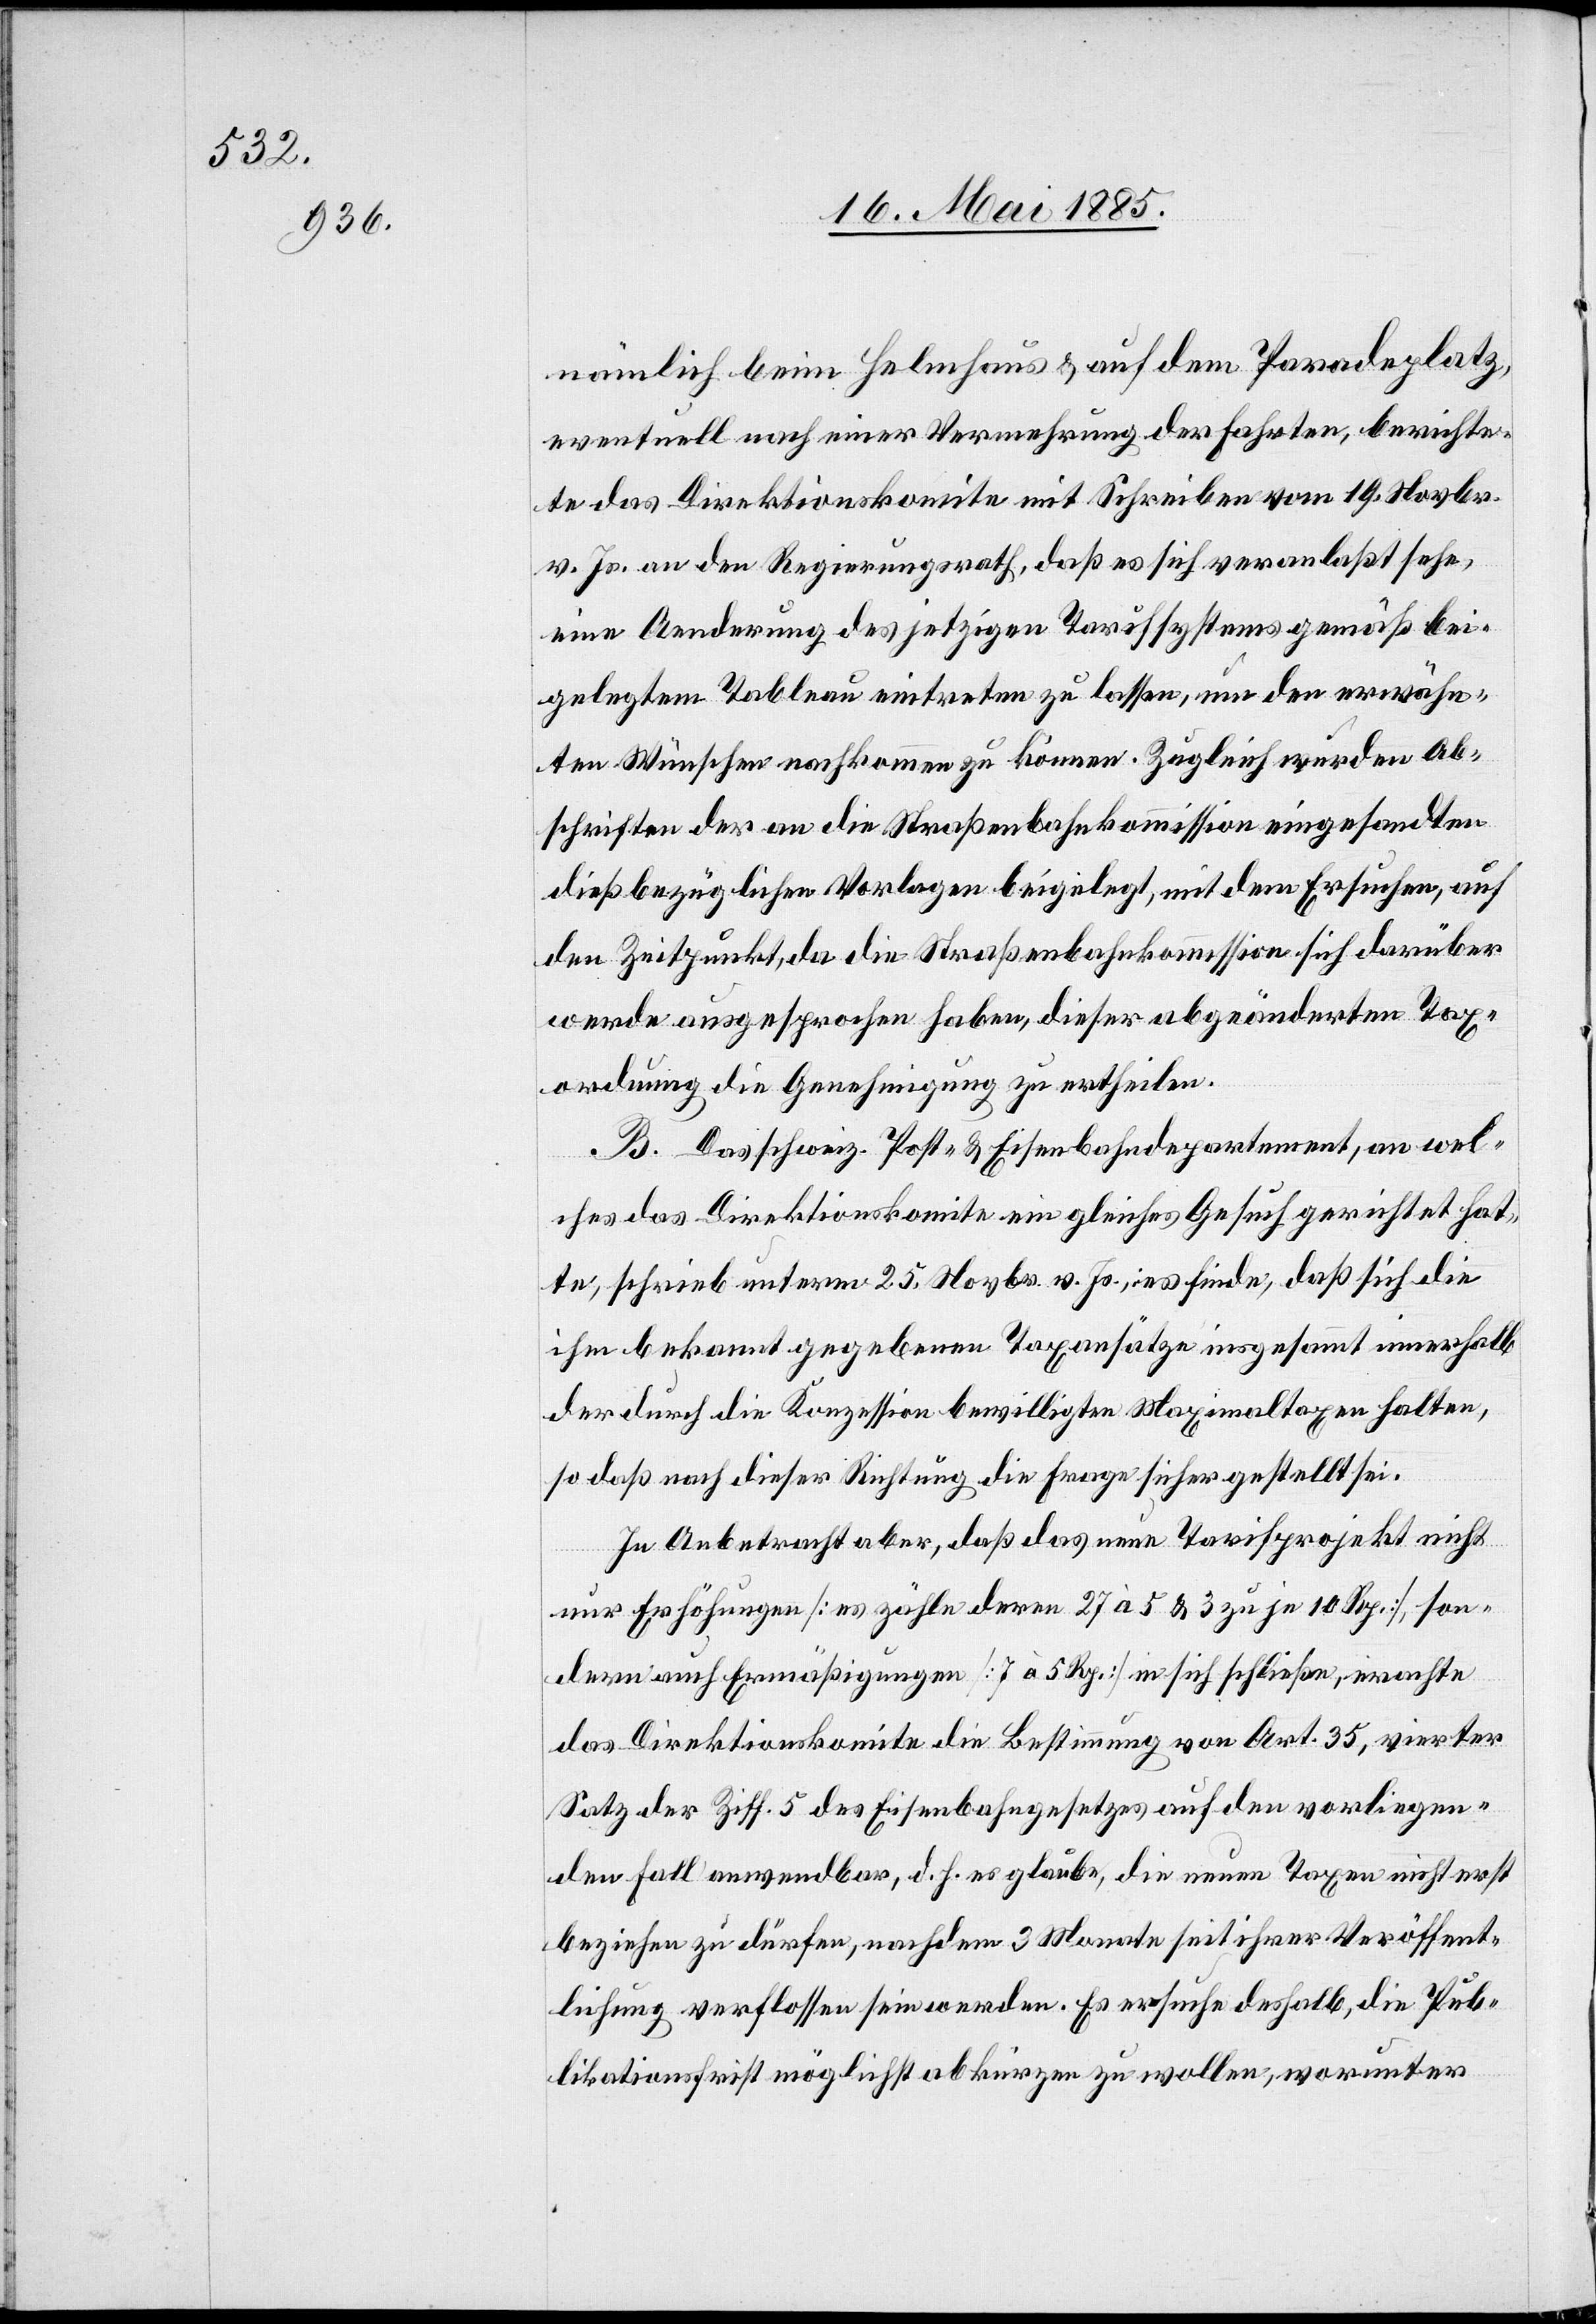
nämlich beim Helmhaus & auf dem Paradeplatz,
eventuell nach einer Vermehrung der Fahrten, berichte¬
te das Direktionskomite mit Schreiben vom 19. November
v. Js. an den Regierungsrath, daß es sich veranlaßt sehe,
eine Aenderung des jetzigen Tarifsystems gemäß bei¬
gelegtem Tableau eintreten zu lassen, um den erwähn¬
ten Wünschen nachkommen zu können. Zugleich wurden Ab¬
schriften der an die Straßenbahnkommission eingesandten
dießbezüglichen Vorlagen beigelegt, mit dem Ersuchen, auf
den Zeitpunkt, da die Straßenbahnkommission sich darüber
werde ausgesprochen haben, dieser abgeänderten Tax¬
ordnung die Genehmigung zu ertheilen.
B. Das schweiz. Post- & Eisenbahndepartement, an wel¬
ches das Direktionskomite ein gleiches Gesuch gerichtet hat¬
te, schrieb unterm 25. Novbr. v. Js., es finde, daß sich die
ihm bekannt gegebenen Taxansätze insgesammt innerhalb
der durch die Konzession bewilligten Maximaltaxen halten,
so daß nach dieser Richtung die Frage sicher gestellt sei.
In Anbetracht aber, daß das neue Tarifprojekt nicht
nur Erhöhungen [es zähle deren 27 à 5 & 3 zu je 10 Rp.], son¬
dern auch Ermäßigungen [7 à 5 Rp.] in sich schließe, erachte
das Direktionskomite die Bestimmung von Art. 35, vierter
Satz der Ziff. 5 des Eisenbahngesetzes auf den vorliegen¬
den Fall anwendbar, d. h. es glaube, die neuen Taxen nicht erst
beziehen zu dürfen, nachdem 3 Monate seit ihrer Veröffent¬
lichung verflossen sein werden. Es ersuche deshalb, die Pub¬
likationsfrist möglichst abkürzen zu wollen, worunter